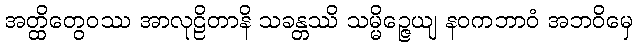
အတ္ထိတွေဝဿ အာလုဠိတာနိ သခန္တဿိ သမ္မိဉ္ဇေယျ နဝကဘာဝံ အဘဝိမှေ